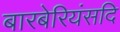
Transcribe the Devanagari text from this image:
बारबेरियंसदि